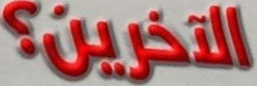
التخرین؟